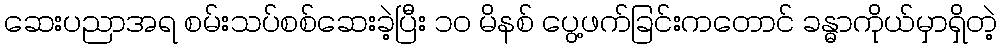
ဆေးပညာအရ စမ်းသပ်စစ်ဆေးခဲ့ပြီး ၁၀ မိနစ် ပွေ့ဖက်ခြင်းကတောင် ခန္ဓာကိုယ်မှာရှိတဲ့